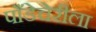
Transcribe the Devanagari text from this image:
पाँडेचेरीला